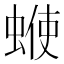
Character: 𧍇